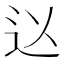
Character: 𮞃